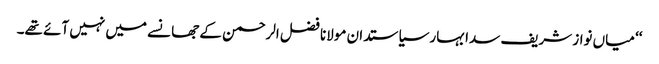
‘‘ میاں نواز شریف سدا بہار سیاستدان مولانا فضل الرحمن کے جھانسے میں نہیں آئے تھے۔